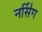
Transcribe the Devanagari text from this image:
नर्सि॑ग